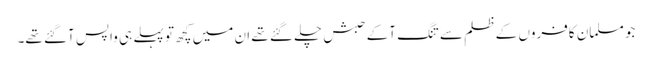
جو مسلمان کافروں کے ظلم سے تنگ آکے حبش چلے گئے تھے ان میں کچھ تو پہلے ہی واپس آگئے تھے۔